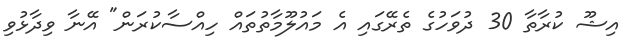
އިޝޫ ކުރާތާ 30 ދުވަހުގެ ތެރޭގައި އެ މައުލޫމާތުތައް ހިއްސާކުރަން" އޭނާ ވިދާޅުވި